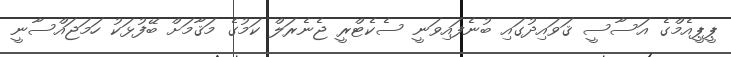
ޕީޕީއެމްގެ އަސާސީ ޤަވައިދުގައި ބުނެފައިވަނީ ސެކެޓްރީ ޖެނެރަލް ކަމުގެ މަޤާމަށް ބޭފުޅަކު ހަމަޖައްސާނީ